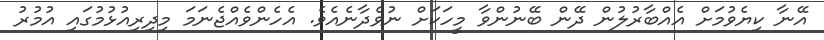
އޭނާ ކިޔެވުމަށް އެއްބާރުލުން ދޭން ބޭނުންވާ މީހަކަށް ނުވެދާނެއެވެ. އެހެންވެއްޖެނަމަ މިދިރިއުޅުމުގައި އުމުރު